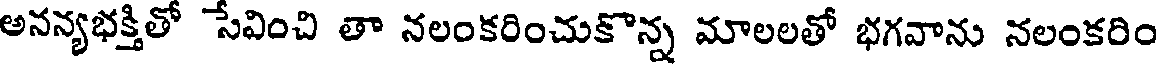
అనన్యభక్తితో సేవించి తా నలంకరించుకొన్న మాలలతో భగవాను నలంకరిం